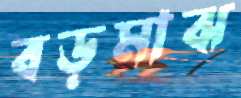
বড়মাঝ